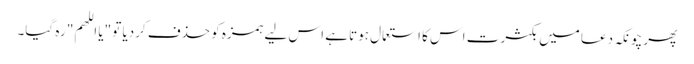
پھر چونکہ دعا میں بکثرت اس کا استعمال ہوتا ہے اس لیے ہمزہ کو حذف کردیا تو "یا اللھم" رہ گیا۔